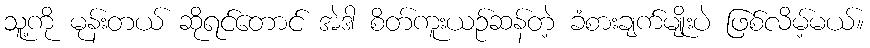
သူ့ကို မုန်းတယ် ဆိုရင်တောင် အဲဒါ စိတ်ကူးယဉ်ဆန်တဲ့ ခံစားချက်မျိုးပဲ ဖြစ်လိမ့်မယ်။